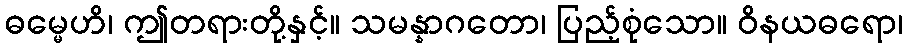
ဓမ္မေဟိ၊ ဤတရားတို့နှင့်။ သမန္နာဂတော၊ ပြည့်စုံသော။ ဝိနယဓရော၊